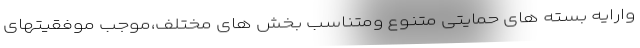
وارایه بسته های حمایتی متنوع ومتناسب بخش های مختلف،موجب موفقیتهای